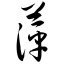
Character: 萍